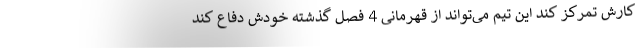
کارش تمرکز کند این تیم می‌تواند از قهرمانی 4 فصل گذشته خودش دفاع کند